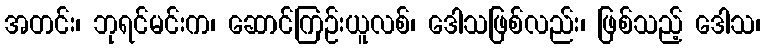
အတင်း၊ ဘုရင်မင်းက၊ ဆောင်ကြဉ်းယူလစ်၊ ဒေါသဖြစ်လည်း၊ ဖြစ်သည့် ဒေါသ၊